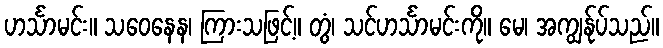
ဟင်္သာမင်း။ သဝေနေန၊ ကြားသဖြင့်။ တွံ၊ သင်ဟင်္သာမင်းကို။ မေ၊ အကျွန်ုပ်သည်။